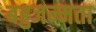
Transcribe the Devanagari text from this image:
बहुजन्मता